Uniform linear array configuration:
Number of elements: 24
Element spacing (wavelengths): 0.5
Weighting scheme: hann
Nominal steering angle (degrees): -15
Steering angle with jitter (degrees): -15.32
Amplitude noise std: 0.05
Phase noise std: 0.05

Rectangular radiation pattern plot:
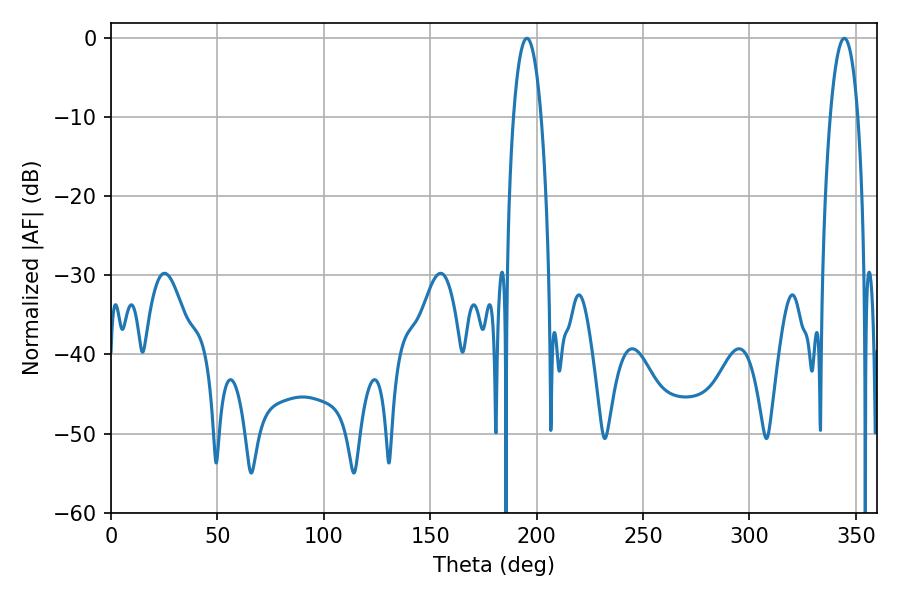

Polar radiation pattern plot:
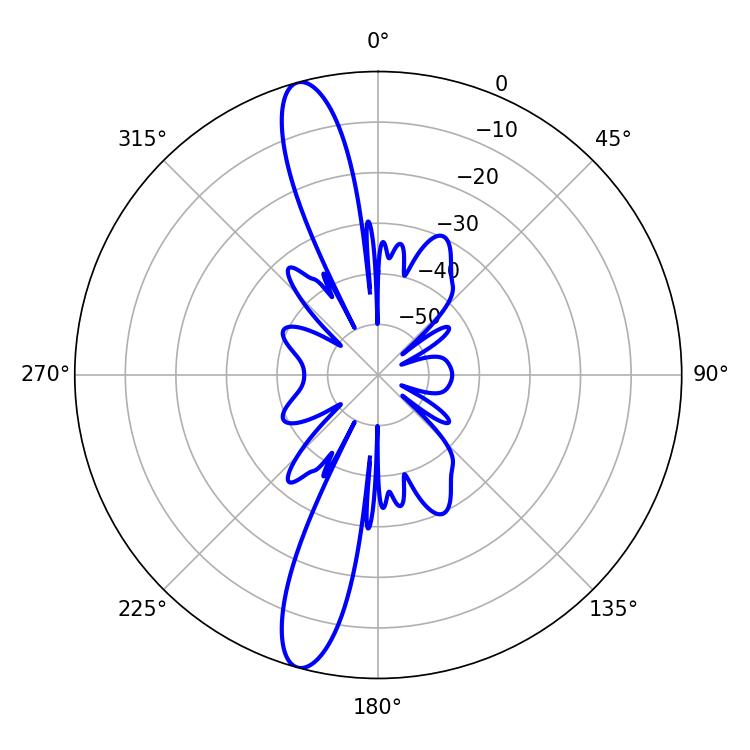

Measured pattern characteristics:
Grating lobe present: FALSE
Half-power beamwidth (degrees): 7.2
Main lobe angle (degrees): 195.48